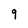
Character: 9